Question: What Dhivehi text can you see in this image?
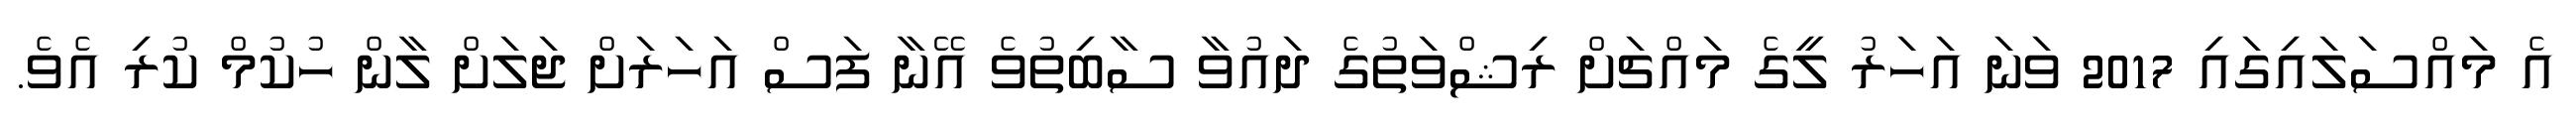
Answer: އެ މައްސަލައިގައި 2017 ވަނަ އަހަރު ލީގެ މައްޗަށް ރިޝްވަތުގެ ދައުވާ ސާބިތުވެ އޭނާ ފަސް އަހަރަށް ޖަލަށް ލާން ހުކުމް ކުރި އެވެ.